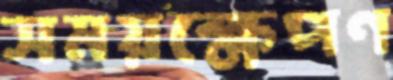
সময়ক্ষেপণ